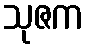
သုဇက